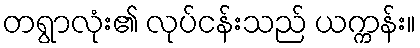
တရွာလုံး၏ လုပ်ငန်းသည် ယက္ကန်း။